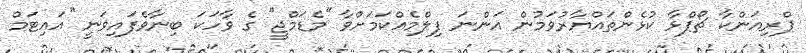
ޕްރިއަންކާ ޗޯޕްޅާ ކުޅެންތައްޔާރުވަމުން އަންނަ ފިލްމެއްކަމަށްވާ ''މެޑަމްޖީ'' ގެ ވާހަކަ ބިނާވެފައިވަނީ ''އައިޓަމް